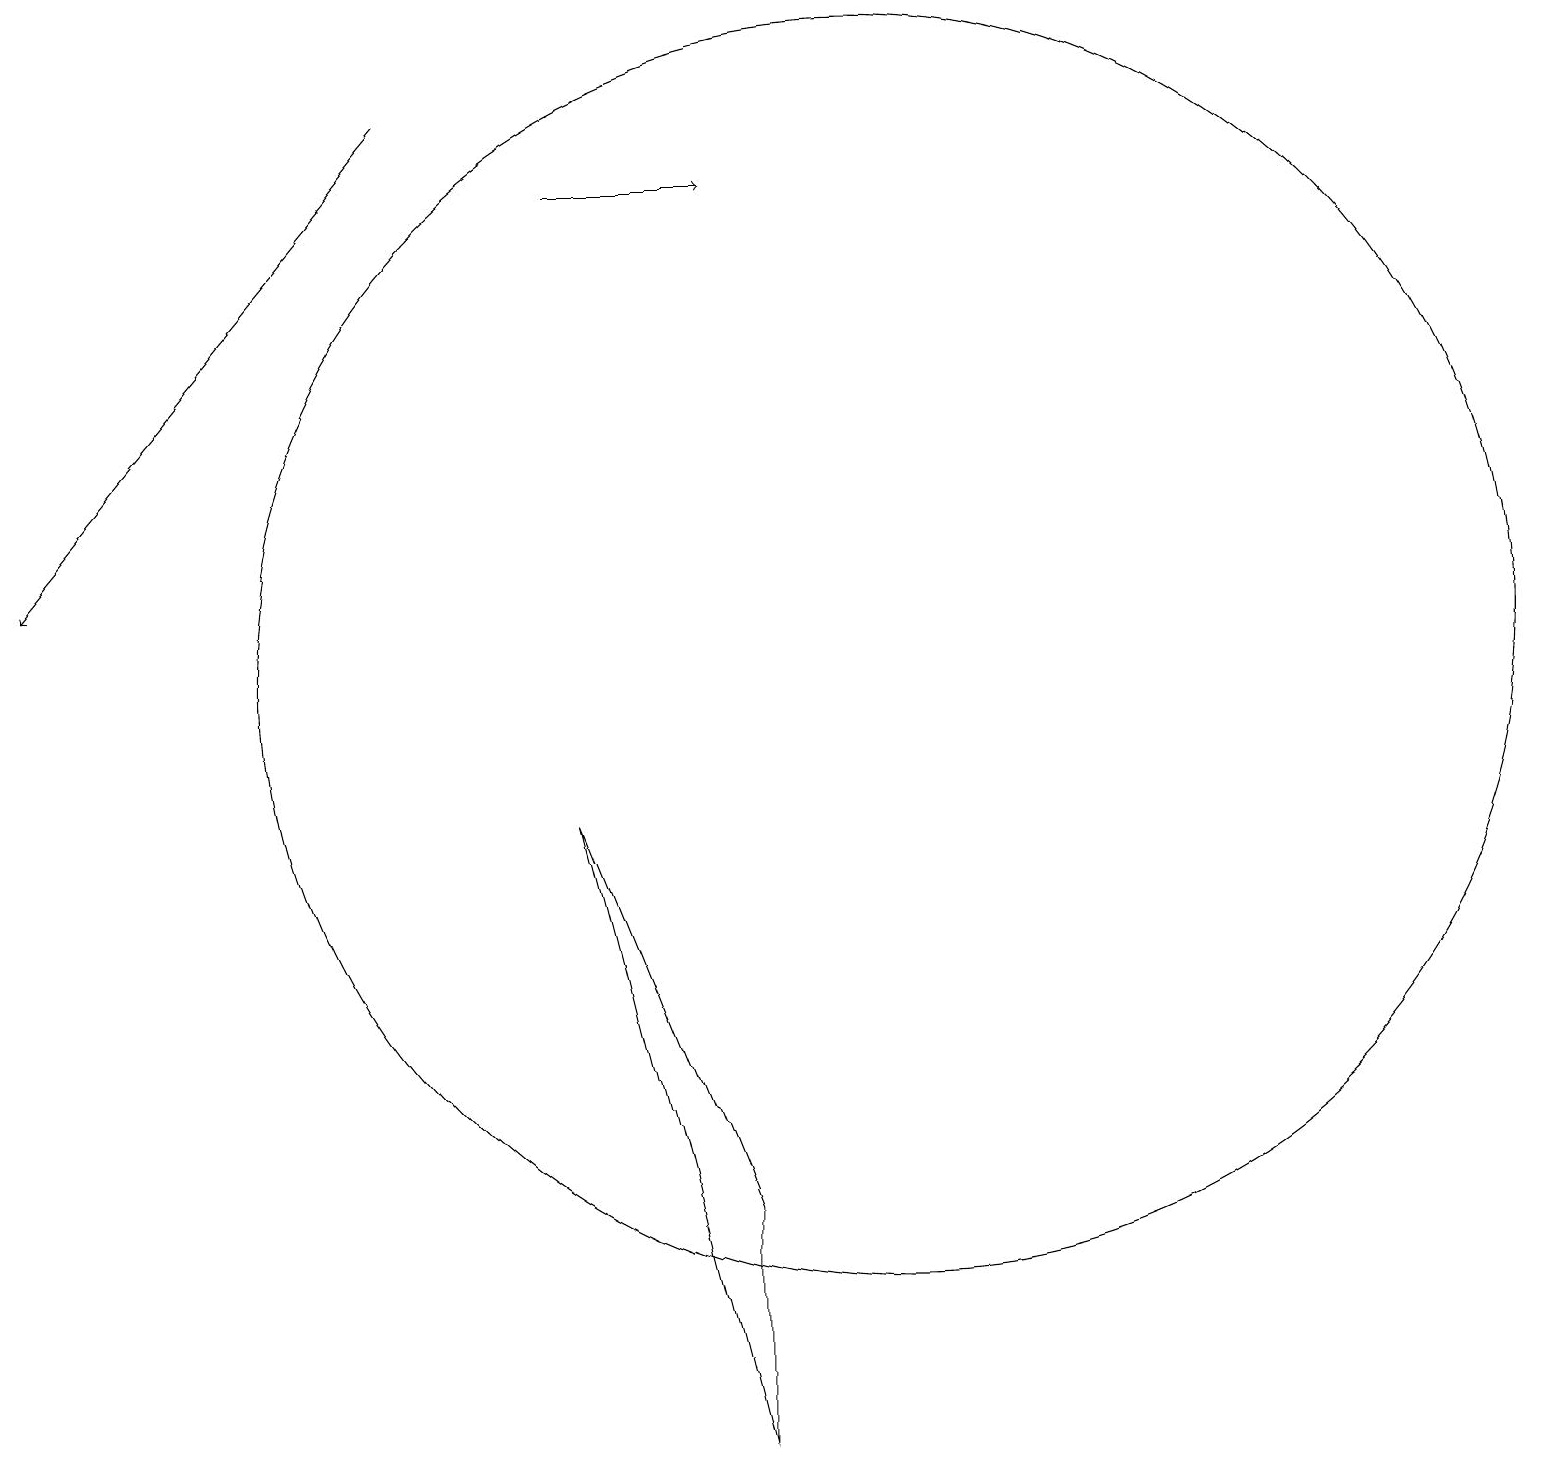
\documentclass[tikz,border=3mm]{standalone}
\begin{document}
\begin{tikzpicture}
\draw (11,10) circle (8);
\draw[->] (7,16) -- (9,16);
\draw[->] (5,17) -- (0,11);
\draw (9,3) -- (9,0) -- (7,8) -- cycle;
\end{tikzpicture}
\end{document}